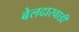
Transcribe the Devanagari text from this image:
बेलदारवाडी